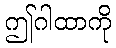
ဤဂါထာကို